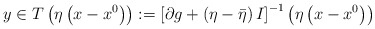
\begin{align*}y\in T\left( \eta \left( x-x^{0}\right) \right) :=\left[ \partial g+\left(\eta -\bar{\eta}\right) I\right] ^{-1}\left( \eta \left( x-x^{0}\right)\right) \end{align*}